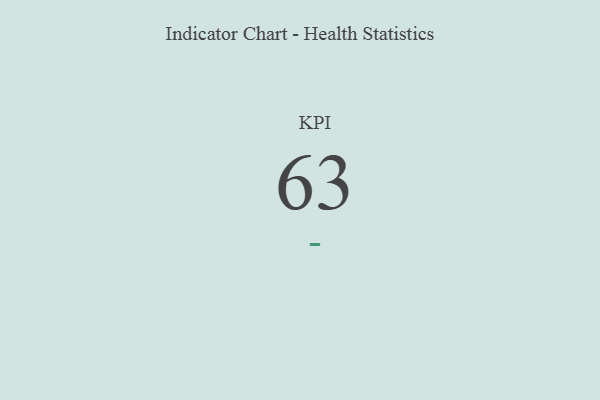
{"axis": {"x": "KPI", "y": "Value"}, "legend": [""], "data": [{"x": "KPI", "y": 63, "type": ""}]}